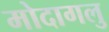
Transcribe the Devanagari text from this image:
मोदागलु